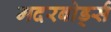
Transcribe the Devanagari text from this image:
मदरबोर्ड्स